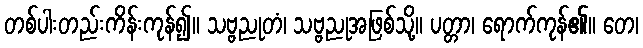
တစ်ပါးတည်းကိန်းကုန်၍။ သဗ္ဗညုတံ၊ သဗ္ဗညုအဖြစ်သို့။ ပတ္တာ၊ ရောက်ကုန်၏။ တေ၊